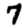
Digit: 7